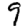
Digit: 9